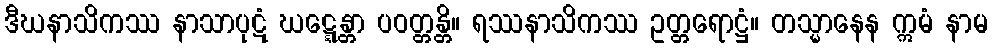
ဒီဃနာသိကဿ နာသာပုဋံ ဃဋ္ဋေန္တာ ပဝတ္တန္တိ။ ရဿနာသိကဿ ဥတ္တရောဋ္ဌံ။ တသ္မာနေန ဣမံ နာမ